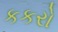
કકરો